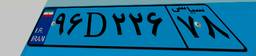
۹۶D۲۲۶۷۸